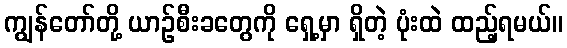
ကျွန်တော်တို့ ယာဉ်စီးခတွေကို ရှေ့မှာ ရှိတဲ့ ပုံးထဲ ထည့်ရမယ်။